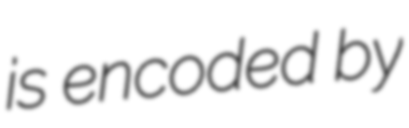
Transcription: is encoded by